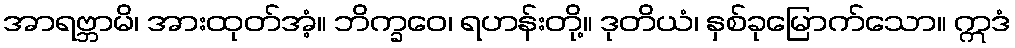
အာရဗ္ဘာမိ၊ အားထုတ်အံ့။ ဘိက္ခဝေ၊ ရဟန်းတို့။ ဒုတိယံ၊ နှစ်ခုမြောက်သော။ ဣဒံ